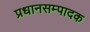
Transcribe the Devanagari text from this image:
प्रधानसम्पादक